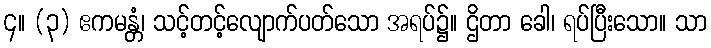
၄။ (၃) ဧကမန္တံ၊ သင့်တင့်လျောက်ပတ်သော အရပ်၌။ ဌိတာ ခေါ၊ ရပ်ပြီးသော။ သာ